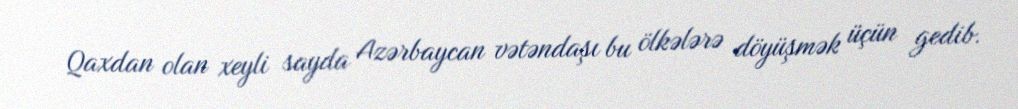
Qaxdan olan xeyli sayda Azərbaycan vətəndaşı bu ölkələrə döyüşmək üçün gedib.